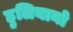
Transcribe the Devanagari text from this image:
हुलियानो